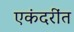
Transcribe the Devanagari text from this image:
एकंदरींत